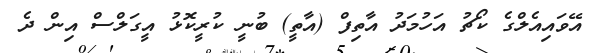
އޭވައިއެލްގެ ކޯޗު އަހުމަދު އާތިފް (އާތީ) ބުނީ ކުރީކޮޅު އީގަލްސް އިން ދެ